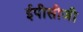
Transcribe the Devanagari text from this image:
ईपीसीजी